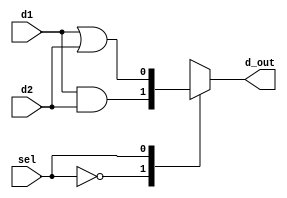
// Code your design here
// Code your design here
module example (d1,d2,sel,d_out);
  input d1,d2,sel;
  output reg d_out;
  reg w1,w2;
  always @(*)
    begin
    w1=d1&d2;
    w2=d1|d2;
    end
 always @(*)
 begin 
   case(sel)
     1'b0 : d_out = w1;
     1'b1 : d_out = w2;
   endcase
 end
  //assign w=a&b;
 //assign c=w|b;
endmodule